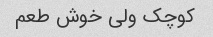
کوچک ولی خوش طعم